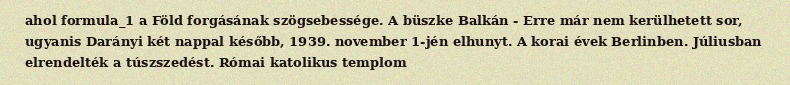
ahol formula_1 a Föld forgásának szögsebessége. A büszke Balkán - Erre már nem kerülhetett sor, ugyanis Darányi két nappal később, 1939. november 1-jén elhunyt. A korai évek Berlinben. Júliusban elrendelték a túszszedést. Római katolikus templom